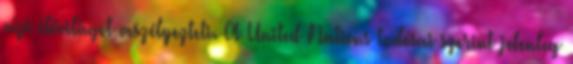
vízi élővilágot veszélyezteti. A United Nations tudósai szerint jelenleg